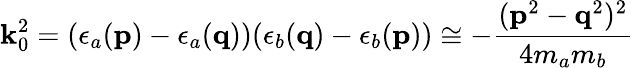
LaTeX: \mathbf{k}_{0}^{2}=(\epsilon_{a}({\mathbf{p}})-\epsilon_{a}({\mathbf{q}}))(\epsilon_{b}({\mathbf{q}})-\epsilon_{b}({\mathbf{p}}))\cong-\frac{{({\mathbf{p}}^{2}-{\mathbf{q}}^{2})^{2}}}{{4m_{a}m_{b}}}